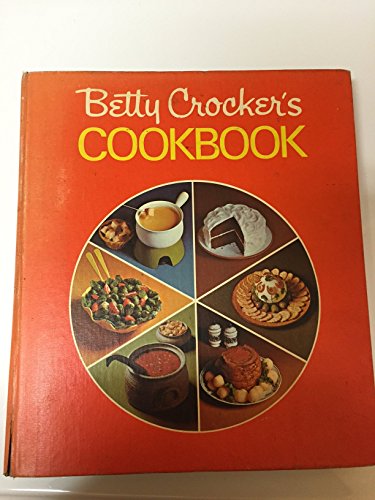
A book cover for Betty Crocker's Cookbook; Betty Crocker; Health, Fitness & Dieting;